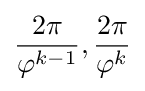
{\frac {2\pi }{\varphi ^{k-1}}},{\frac {2\pi }{\varphi ^{k}}}